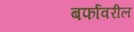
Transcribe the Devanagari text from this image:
बर्फावरील